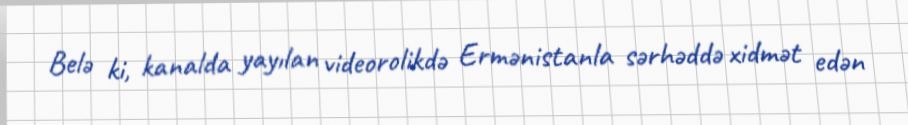
Belə ki, kanalda yayılan videorolikdə Ermənistanla sərhəddə xidmət edən